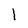
Character: 1